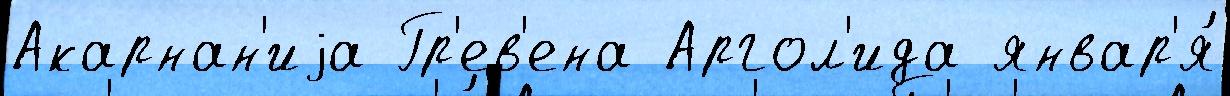
Акарнан'иjа Гр'ев'ена Аргол'ида январ'я́